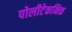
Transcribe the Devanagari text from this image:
पोलीटेकनिक